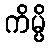
ကိမ္ပိ